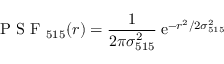
\mathrm { ~ P ~ S ~ F ~ } _ { 5 1 5 } ( r ) = \frac { 1 } { 2 \pi \sigma _ { 5 1 5 } ^ { 2 } } \: \mathrm { e } ^ { - r ^ { 2 } / 2 \sigma _ { 5 1 5 } ^ { 2 } }